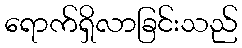
ရောက်ရှိလာခြင်းသည်